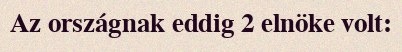
Az országnak eddig 2 elnöke volt: